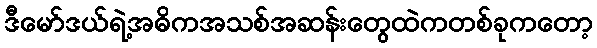
ဒီမော်ဒယ်ရဲ့အဓိကအသစ်အဆန်းတွေထဲကတစ်ခုကတော့